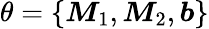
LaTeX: \theta=\{ \boldsymbol{M}_{1},\boldsymbol{M}_{2},\boldsymbol{b}\}